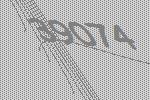
39074